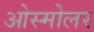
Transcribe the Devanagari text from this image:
ओस्मोलर